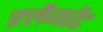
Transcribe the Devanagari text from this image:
फ़्लैगरेंट